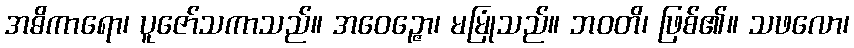
အဓိကာရော၊ ပူဇော်သကာသည်။ အဝေဉ္ဇော၊ မမြုံသည်။ ဘဝတိ၊ ဖြစ်၏။ သဖလော၊